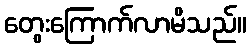
တွေးကြောက်လာမိသည်။